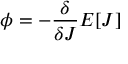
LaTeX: \phi = - { \frac { \delta } { \delta J } } E [ J ]